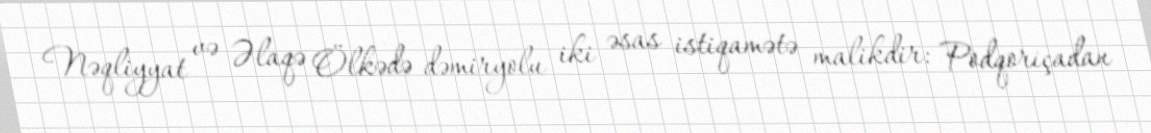
Nəqliyyat və Əlaqə Ölkədə dəmiryolu iki əsas istiqamətə malikdir: Podqoriçadan